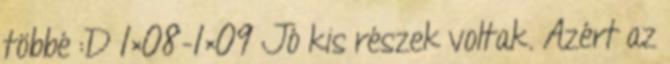
többé :D 1×08-1×09 Jó kis részek voltak. Azért az